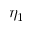
\eta _ { 1 }